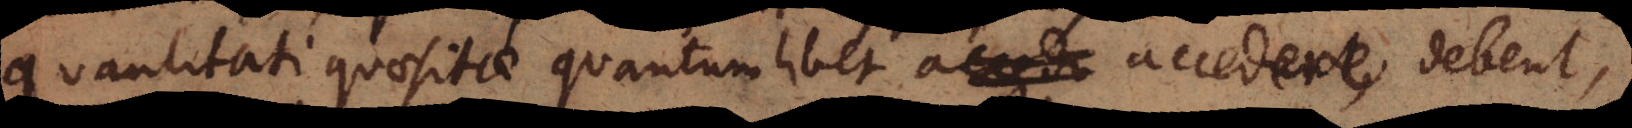
quantitati quaesitae quantumlibet accede accedere debent,